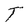
Character: T